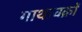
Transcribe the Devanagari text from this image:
गाथाचक्रों